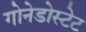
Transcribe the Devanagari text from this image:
गोनेडोस्टेट